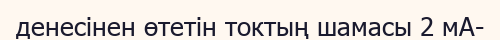
денесінен өтетін токтың шамасы 2 мА-